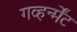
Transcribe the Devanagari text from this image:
गव्हर्न्मेंट